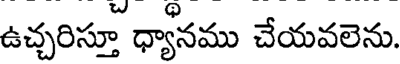
ఉచ్చరిస్తూ ధ్యానము చేయవలెను.